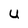
Character: U